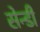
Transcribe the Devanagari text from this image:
सेन्डी